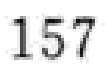
157